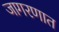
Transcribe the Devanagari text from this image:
जागरणात